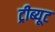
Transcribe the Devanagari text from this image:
ट्रीब्यूट